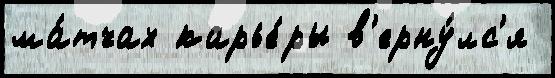
ма́тчах карье́ры в'ерну́лс'я